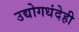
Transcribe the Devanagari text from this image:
उद्योगधंदेही